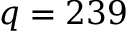
q = 2 3 9